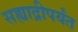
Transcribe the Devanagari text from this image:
सह्याद्रीपर्यंत